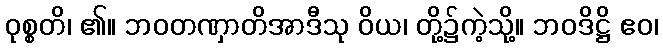
ဝုစ္စတိ၊ ၏။ ဘဝတဏှာတိအာဒီသု ဝိယ၊ တို့၌ကဲ့သို့။ ဘဝဒိဋ္ဌိ ဧဝ၊